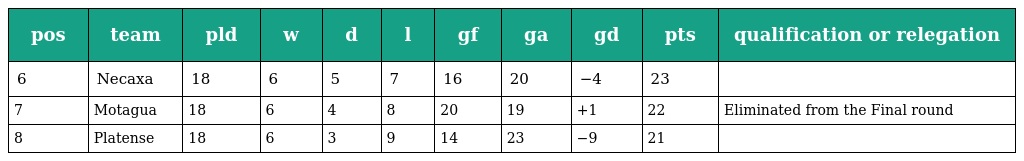
| pos | team | pld | w | d | l | gf | ga | gd | pts | qualification or relegation |
 | --- | --- | --- | --- | --- | --- | --- | --- | --- | --- | --- |
 | 6 | Necaxa | 18 | 6 | 5 | 7 | 16 | 20 | −4 | 23 |  |
 | 7 | Motagua | 18 | 6 | 4 | 8 | 20 | 19 | +1 | 22 | Eliminated from the Final round |
 | 8 | Platense | 18 | 6 | 3 | 9 | 14 | 23 | −9 | 21 |  |